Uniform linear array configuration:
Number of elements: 8
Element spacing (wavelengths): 1
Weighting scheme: exponential
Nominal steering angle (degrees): -45
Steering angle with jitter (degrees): -45.756
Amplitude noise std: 0.05
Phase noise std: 0.05

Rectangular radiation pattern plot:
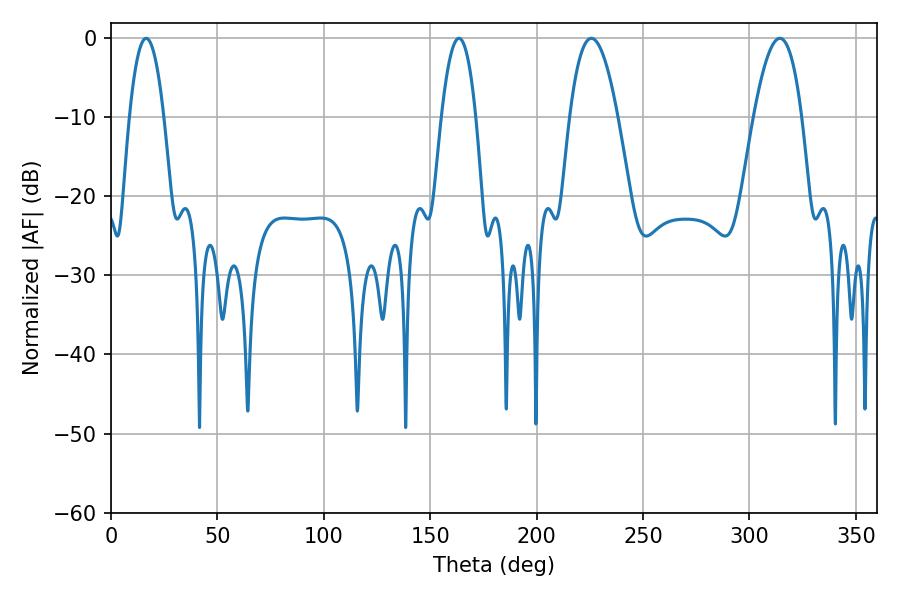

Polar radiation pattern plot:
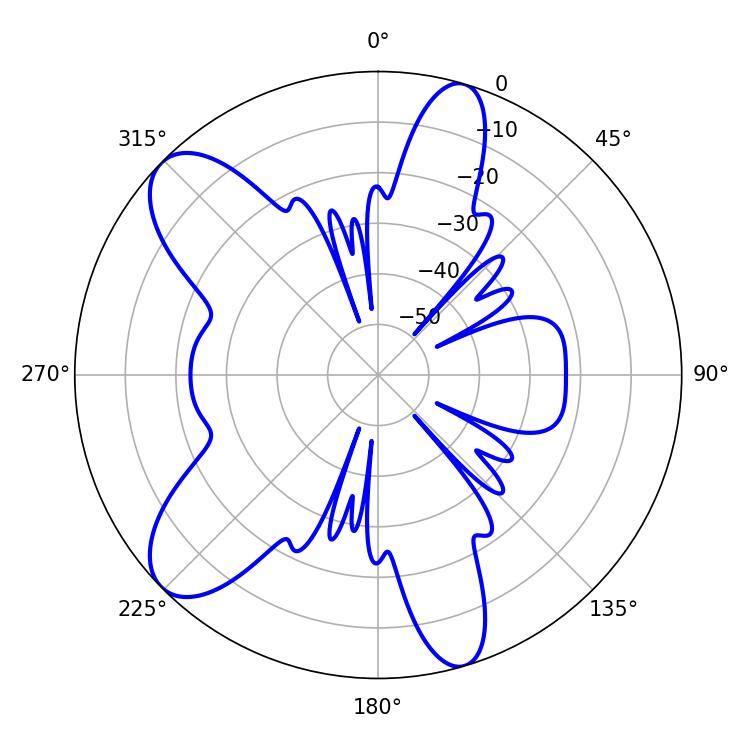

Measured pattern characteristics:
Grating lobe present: TRUE
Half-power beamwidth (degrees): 12.42
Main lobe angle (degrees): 225.72